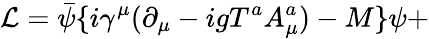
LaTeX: {\cal L}=\bar{\psi}\{ i\gamma^{\mu}(\partial_{\mu}-igT^{a}A_{\mu}^{a})-M\} \psi+